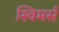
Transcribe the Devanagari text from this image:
स्विमर्स